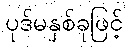
ပုဒ်မနှစ်ခုဖြင့်